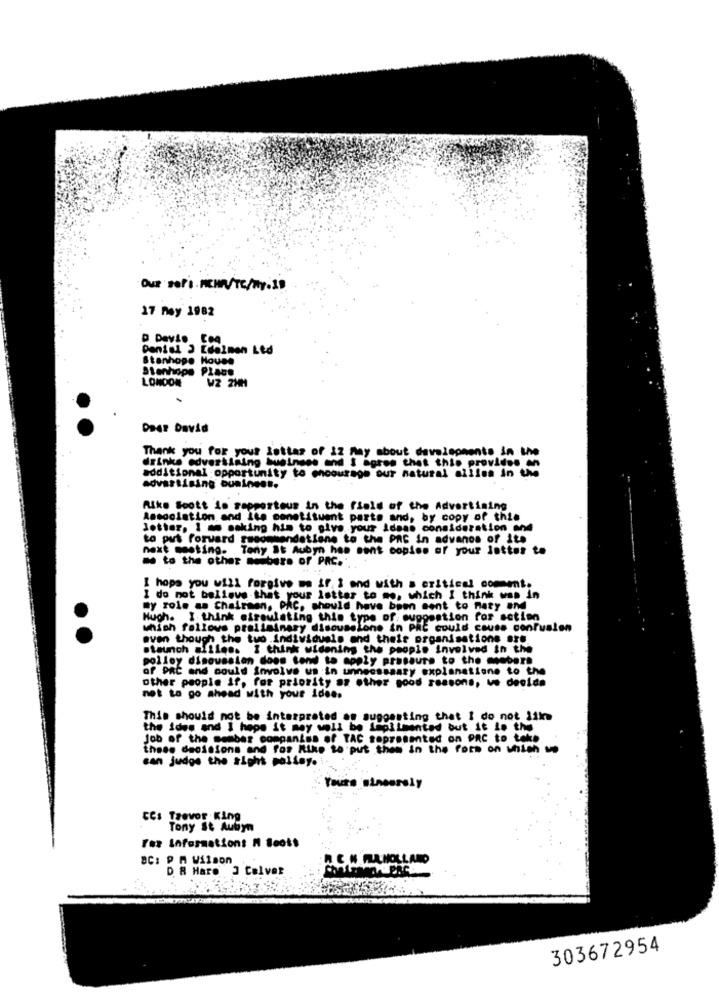
Out soPt . MEHR/TE/Wp. 19
17 ney 1982
Daniel 2 Edelman Led
Stanhope House
Stanhope Place
LONDON
W2 2HM
DeAz David
Thank you for your lottas of IZ May about developments in the
drinke advertising business and I agree that this provides an
additional opportunity to choourage our natural allles in the
advertising business.
Rike Soott is rapporteus in the field of the Advertising
Association and Its constituent parts and, by copy of thie
Jotter, I am making him to give your ideas consideration wnd
to put forward gwsommandatlane to the PAS in advanos of ite
next meeting. Tony It Aubyn has sent copies of your lattes to
a to the other me.burs of PRC ..
I hope you will forgive me if, i end with a critical comment.
I do not believe that your letter to me, which I think was in
my role as Chairman, PAC, should have been sent to naty Ind
Hugh. I think cireulating this type of. suggestion for action
which follows preliminary discussione in PRE could cause confusion
even though the tuo Individuals and their organisations are.
staunch afiles. I think widening the people involved in the
polloy discussion doos tend to apply prassure to the members
of PRC and could Involve us in unnecessary explanatione to the
other people if, for priority az other good reasons, ve decida
not to go ahead with your idee.
This should not be interpreted as suggesting that I do not like
the ides and I hope it may well be implimented but it is the
Job of the member companies of TAC topresented on PRC to tek.
these decisions and for Rike to put them in the fors on which -
can judge the sight pallay. i.
Yours sincerely
CC: Trevor King
Tony St Aubyn
For Information: M Scott
BC: P A Wilson
D 8 Haro J Calver
303672954